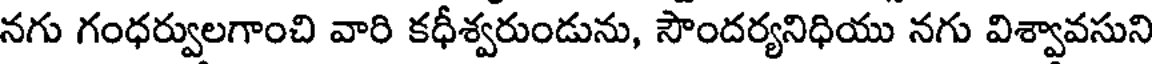
నగు గంధర్వులగాంచి వారి కధీశ్వరుండును, సౌందర్యనిధియు నగు విశ్వావసుని